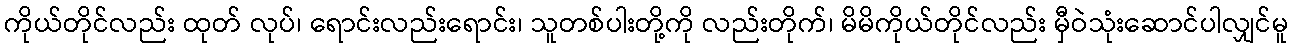
ကိုယ်တိုင်လည်း ထုတ် လုပ်၊ ရောင်းလည်းရောင်း၊ သူတစ်ပါးတို့ကို လည်းတိုက်၊ မိမိကိုယ်တိုင်လည်း မှီဝဲသုံးဆောင်ပါလျှင်မူ